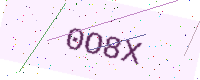
Text: 0O8X